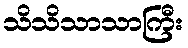
သိသိသာသာကြီး